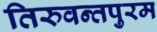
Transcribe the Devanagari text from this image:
तिरुवन्तपुरम